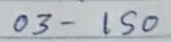
03 -150